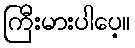
ကြီးမားပါပေ့။